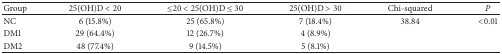
<table><thead><tr><td><b>Group</b></td><td><b>25(OH)D &lt; 20</b></td><td><b>≤20 &lt; 25(OH)D ≤ 30</b></td><td><b>25(OH)D &gt; 30</b></td><td><b>Chi-squared</b></td><td><b><i>P</i></b></td></tr></thead><tbody><tr><td>NC</td><td>6 (15.8%)</td><td>25 (65.8%)</td><td>7 (18.4%)</td><td>38.84</td><td>&lt;0.01</td></tr><tr><td>DM1</td><td>29 (64.4%)</td><td>12 (26.7%)</td><td>4 (8.9%)</td><td> </td><td> </td></tr><tr><td>DM2</td><td>48 (77.4%)</td><td>9 (14.5%)</td><td>5 (8.1%)</td><td> </td><td> </td></tr></tbody></table>